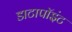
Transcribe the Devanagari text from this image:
डाटापॉइंट